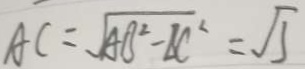
A C = \sqrt { A B ^ { 2 } - B C ^ { 2 } } = \sqrt { 3 }